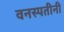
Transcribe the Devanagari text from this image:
वनस्पतीनी